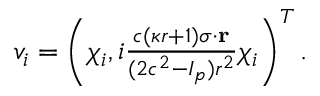
\begin{array} { r } { v _ { i } = \left( \chi _ { i } , i \frac { c ( \kappa r + 1 ) { \boldsymbol \sigma } \cdot \mathbf { r } } { ( 2 c ^ { 2 } - I _ { p } ) r ^ { 2 } } \chi _ { i } \right) ^ { T } . } \end{array}